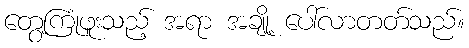
တွေ့ကြုံဖူးသည့် အရာ အချို့ ပေါ်လာတတ်သည်။